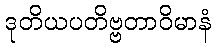
ဒုတိယပတိဗ္ဗတာဝိမာနံ